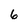
Character: 6